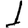
Digit: 1